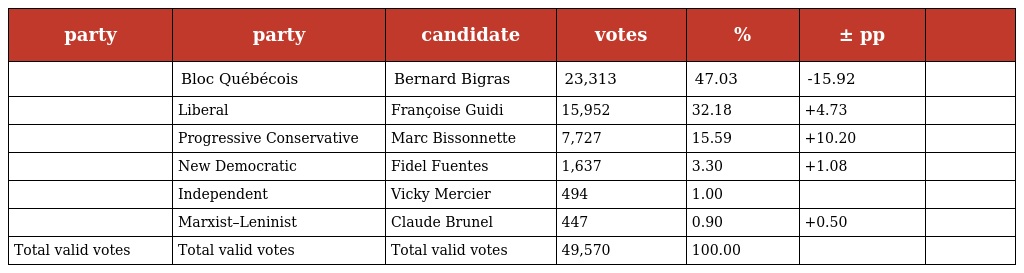
| party | party | candidate | votes | % | ± pp |  |
 | --- | --- | --- | --- | --- | --- | --- |
 |  | Bloc Québécois | Bernard Bigras | 23,313 | 47.03 | -15.92 |  |
 |  | Liberal | Françoise Guidi | 15,952 | 32.18 | +4.73 |  |
 |  | Progressive Conservative | Marc Bissonnette | 7,727 | 15.59 | +10.20 |  |
 |  | New Democratic | Fidel Fuentes | 1,637 | 3.30 | +1.08 |  |
 |  | Independent | Vicky Mercier | 494 | 1.00 |  |  |
 |  | Marxist–Leninist | Claude Brunel | 447 | 0.90 | +0.50 |  |
 | Total valid votes | Total valid votes | Total valid votes | 49,570 | 100.00 |  |  |